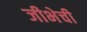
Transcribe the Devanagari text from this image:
जीभेची